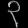
Digit: ၃